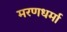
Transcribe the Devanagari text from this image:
मरणधर्मा